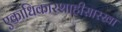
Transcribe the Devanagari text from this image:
एकाधिकारशाहीसारखा